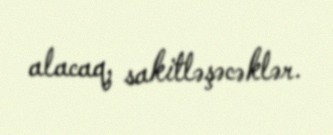
alacaq, sakitləşəcəklər.